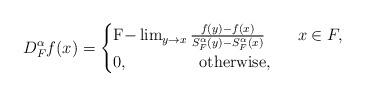
LaTeX: \begin{align*} D_{F}^{\alpha}f(x)=\begin{cases} $F$-\lim_{y\rightarrow x} \frac{f(y)-f(x)}{S_{F}^{\alpha}(y)-S_{F}^ {\alpha}(x)} ~~~ ~~~x\in F,\\ 0, ~~~~~~~~~~~~~\textmd{otherwise}, \end{cases} \end{align*}